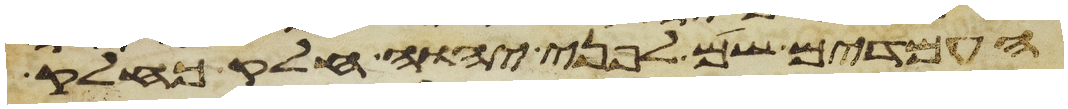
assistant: העמדים שם לפני יהוה חלק כחלק